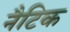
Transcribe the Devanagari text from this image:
नैटिक